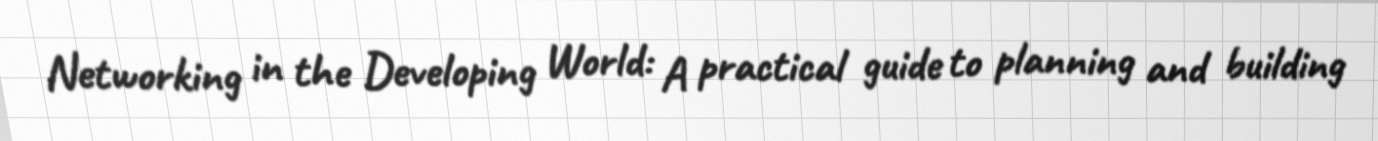
Networking in the Developing World: A practical guide to planning and building